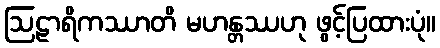
ဩဠာရိကဿာတိ မဟန္တဿဟု ဖွင့်ပြထားပုံ။